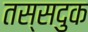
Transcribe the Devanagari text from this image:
तस्सदुक